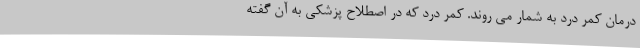
درمان کمر درد به شمار می روند. کمر درد که در اصطلاح پزشکی به آن گفته